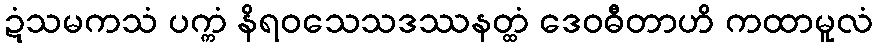
ဍံသမကသံ ပက္ကံ နိရဝသေသဒဿနတ္ထံ ဒေဝဓီတာဟိ ကထာမူလံ